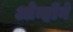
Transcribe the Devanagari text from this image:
ओन्होंने